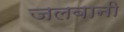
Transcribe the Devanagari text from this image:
जलबानी